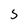
Character: 5